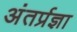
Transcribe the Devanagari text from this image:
अंतर्प्रज्ञा